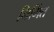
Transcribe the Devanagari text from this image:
निर्मित